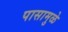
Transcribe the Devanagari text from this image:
पासामुळे